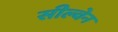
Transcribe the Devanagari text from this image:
सील्वेन